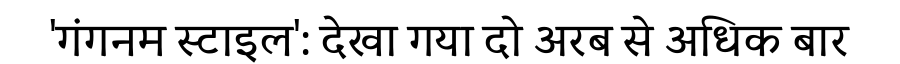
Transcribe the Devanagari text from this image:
'गंगनम स्टाइल': देखा गया दो अरब से अधिक बार